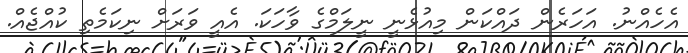
އެހެއްނު. އަހަރެން ދައްކަން މިއުޅެނީ ނީލަމްގެ ވާހަކަ. އެއީ ވަރަށް ނިކަމެތި ކުއްޖެއް.